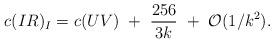
LaTeX: \begin{align*}c(IR)_I=c(UV)~+~{256\over3k}~+~{\cal O}(1/k^2).\end{align*}